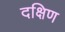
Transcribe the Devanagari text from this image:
दक्षिण